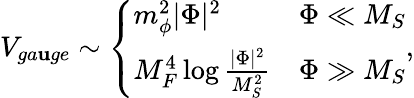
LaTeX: V_{ga\mathbf{u}ge}\sim\left\{ \begin{array}{ll}{{m_{\phi}^{2}|\Phi|^{2}}}&{{\Phi\ll M_{S}}}\\ {{M_{F}^{4}\log\frac{|\Phi|^{2}}{M_{S}^{2}}}}&{{\Phi\gg M_{S}}}\end{array}\right.,